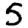
Digit: 5